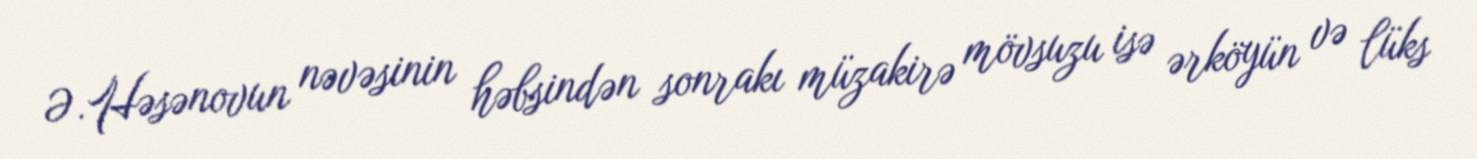
Ə.Həsənovun nəvəsinin həbsindən sonrakı müzakirə mövsuzu isə ərköyün və lüks